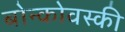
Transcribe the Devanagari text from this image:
बोन्कोवस्की